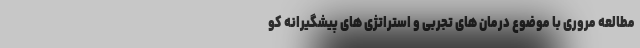
مطالعه مروری با موضوع درمان های تجربی و استراتژی های پیشگیرانه کو